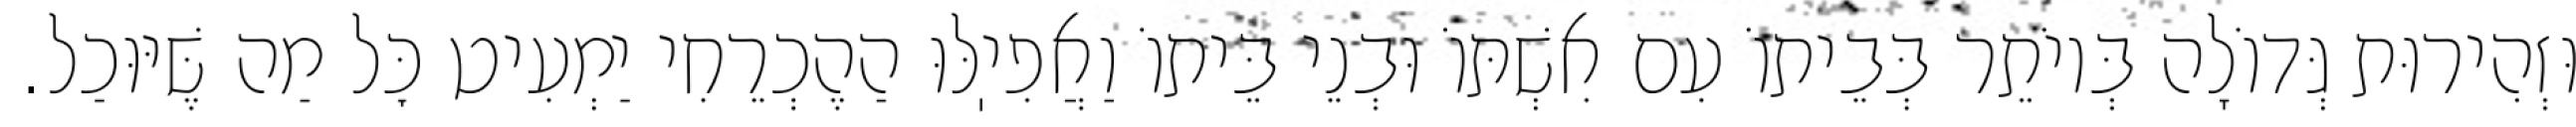
וּזְהִירוּת גְּדוֹלָה בְּיוֹתֵר בְּבֵיתוֹ עִם אִשְׁתּוֹ וּבְנֵי בֵּיתוֹ וַאֲפִיֽלּוּ הַהֶכְרֵחִי יַמְעִיט כׇּל מַה שֶּׁיּוּכַל.